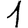
Digit: 1